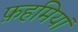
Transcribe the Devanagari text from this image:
फ़हमियां